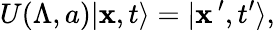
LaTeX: U(\Lambda,a)\vert{\mathbf x},t\rangle=\vert{\mathbf x}\, ^{\prime},t^{\prime}\rangle,